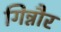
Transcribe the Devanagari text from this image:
गिन्नौर